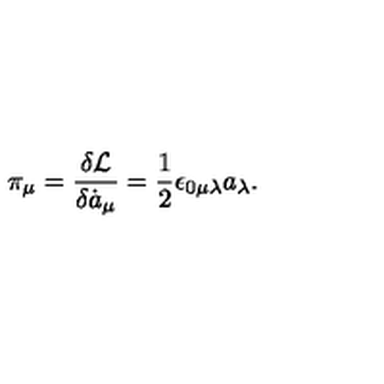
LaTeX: \pi _ { \mu } = \frac { \delta { \cal L } } { \delta \dot { a } _ { \mu } } = \frac { 1 } { 2 } \epsilon _ { 0 \mu \lambda } a _ { \lambda } .